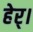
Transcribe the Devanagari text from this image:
हेर्।